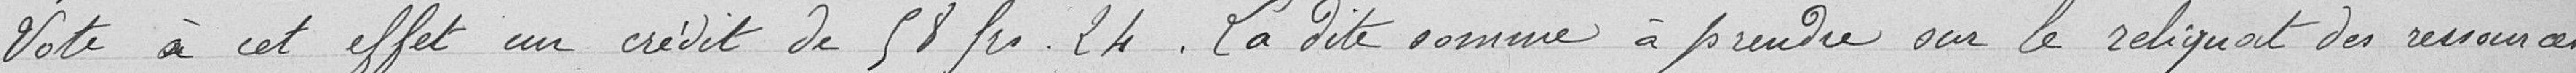
Vote à cet effet un crédit de 58francs24. La dite somme à prendre sur le reliquat des ressources